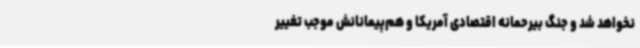
نخواهد شد و جنگ بیرحمانه اقتصادی آمریکا و هم‌پیمانانش موجب تغییر